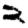
Digit: 2